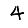
Digit: 4